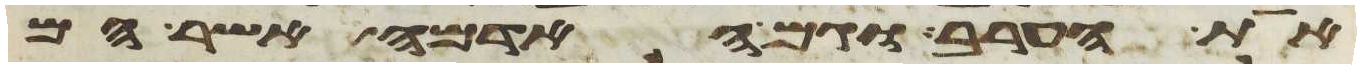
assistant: את הערב וגם האדמה אשר הם